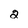
Character: 2